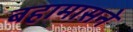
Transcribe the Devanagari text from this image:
बहामासने